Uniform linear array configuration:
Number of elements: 32
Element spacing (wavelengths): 1
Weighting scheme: binomial
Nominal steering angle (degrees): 30
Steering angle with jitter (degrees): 30.815
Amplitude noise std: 0.05
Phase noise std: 0.05

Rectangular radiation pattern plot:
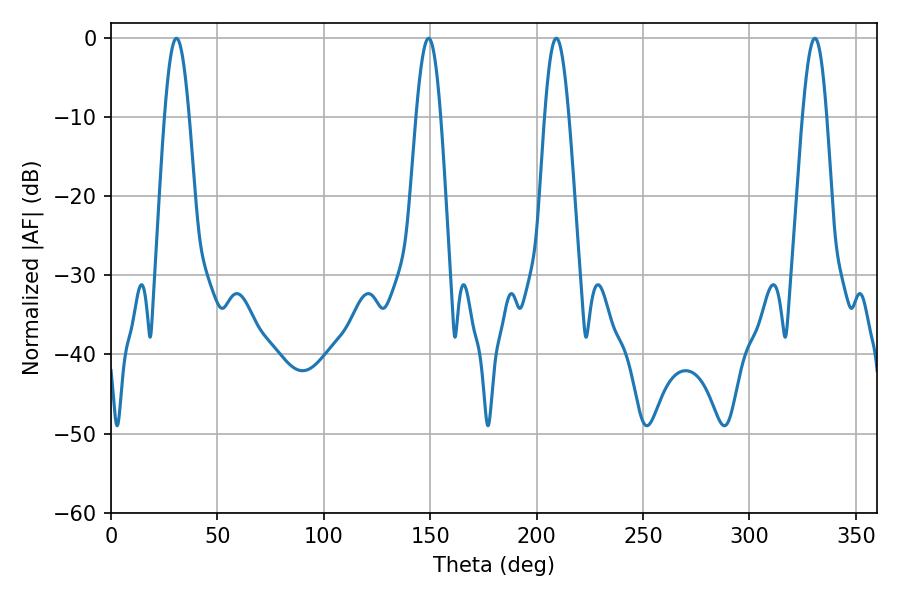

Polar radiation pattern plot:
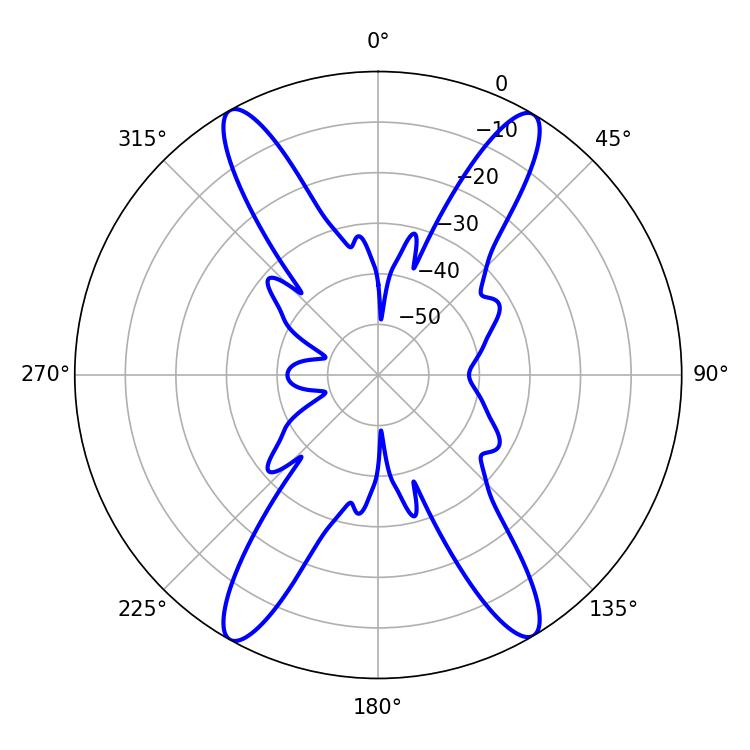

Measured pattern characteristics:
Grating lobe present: TRUE
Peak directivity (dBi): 24.293
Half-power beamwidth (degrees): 6.12
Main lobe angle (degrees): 30.78